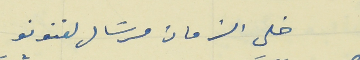
خلى الزمان مرسَال لفنونو